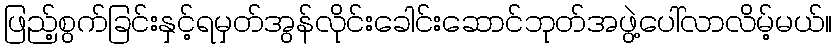
ဖြည့်စွက်ခြင်းနှင့်ရမှတ်အွန်လိုင်းခေါင်းဆောင်ဘုတ်အဖွဲ့ပေါ်လာလိမ့်မယ်။